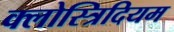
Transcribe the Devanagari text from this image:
क्लोस्त्रिदियम